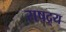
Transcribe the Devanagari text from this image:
राषद्र्य